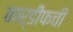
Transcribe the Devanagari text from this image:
कार्डीफची